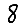
Digit: 8